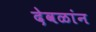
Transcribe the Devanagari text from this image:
देवळांन